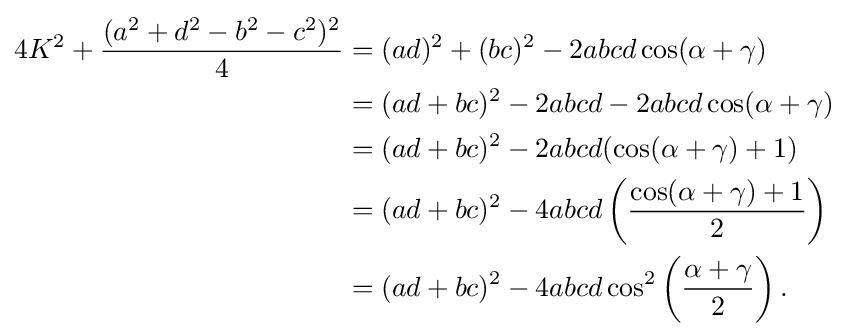
{\begin{aligned}4K^{2}+{\frac {(a^{2}+d^{2}-b^{2}-c^{2})^{2}}{4}}&=(ad)^{2}+(bc)^{2}-2abcd\cos(\alpha +\gamma )\\&=(ad+bc)^{2}-2abcd-2abcd\cos(\alpha +\gamma )\\&=(ad+bc)^{2}-2abcd(\cos(\alpha +\gamma )+1)\\&=(ad+bc)^{2}-4abcd\left({\frac {\cos(\alpha +\gamma )+1}{2}}\right)\\&=(ad+bc)^{2}-4abcd\cos ^{2}\left({\frac {\alpha +\gamma }{2}}\right).\end{aligned}}